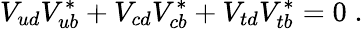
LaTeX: V_{ud}V_{ub}^{*}+V_{cd}V_{cb}^{*}+V_{td}V_{tb}^{*}=0\; .